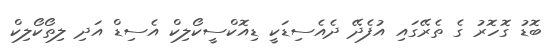
ބޮޑު ގޮހޮރު ގެ ތެރޭގައި އުފެދޭ ދެއެސިޑަކީ ޑިއޮކްސީކޯލިކް އެސިޑް އަދި ލިތޯކޯލިކް